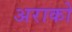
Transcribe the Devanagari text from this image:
अराको